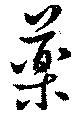
薬